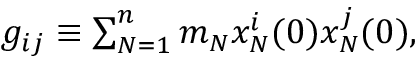
\begin{array} { r } { g _ { i j } \equiv \sum _ { N = 1 } ^ { n } m _ { N } x _ { N } ^ { i } ( 0 ) x _ { N } ^ { j } ( 0 ) , } \end{array}